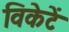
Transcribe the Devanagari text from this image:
विकेटें